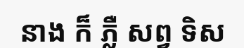
នាង ក៏ ភ្លឺ សព្វ ទិស